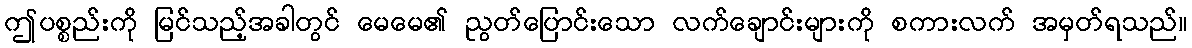
ဤပစ္စည်းကို မြင်သည့်အခါတွင် မေမေ၏ ညွတ်ပြောင်းသော လက်ချောင်းများကို စကားလက် အမှတ်ရသည်။